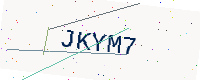
Text: JKYM7